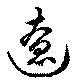
遼